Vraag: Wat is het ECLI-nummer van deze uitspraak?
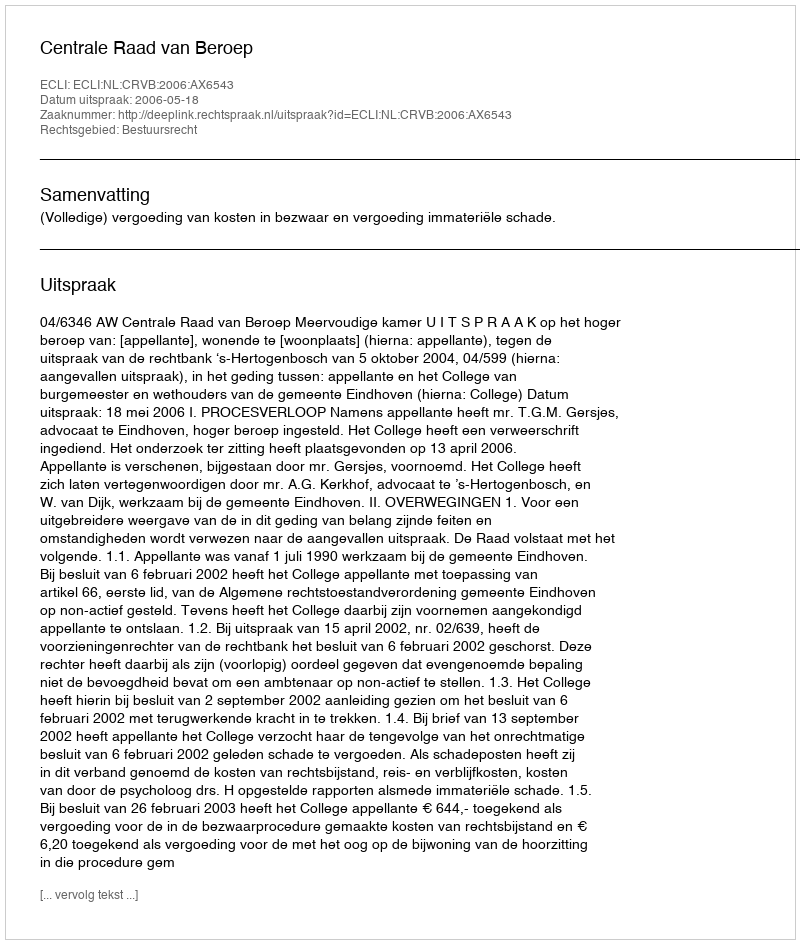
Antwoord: ECLI:NL:CRVB:2006:AX6543